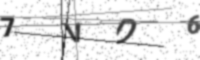
Text: 7VD6